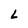
Character: L